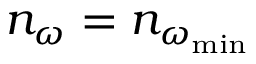
n _ { \omega } = n _ { \omega _ { \mathrm { m i n } } }